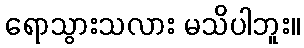
ရောသွားသလား မသိပါဘူး။